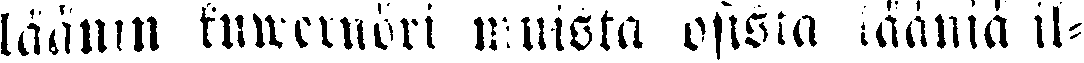
läänin kuwernöri muista osista lääniä il-